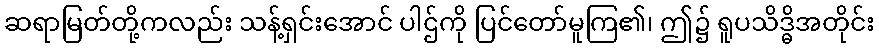
ဆရာမြတ်တို့ကလည်း သန့်ရှင်းအောင် ပါဌ်ကို ပြင်တော်မူကြ၏၊ ဤ၌ ရူပသိဒ္ဓိအတိုင်း